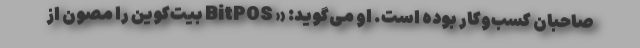
صاحبان کسب‌وکار بوده است. او می‌گوید: « BitPOS بیت‌کوین را مصون از